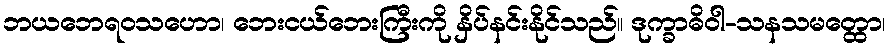
ဘယဘေရဝသဟော၊ ဘေးငယ်ဘေးကြီးကို နှိပ်နင်းနိုင်သည်။ ဒုက္ခာဓိဝါ-သနသမတ္ထော၊